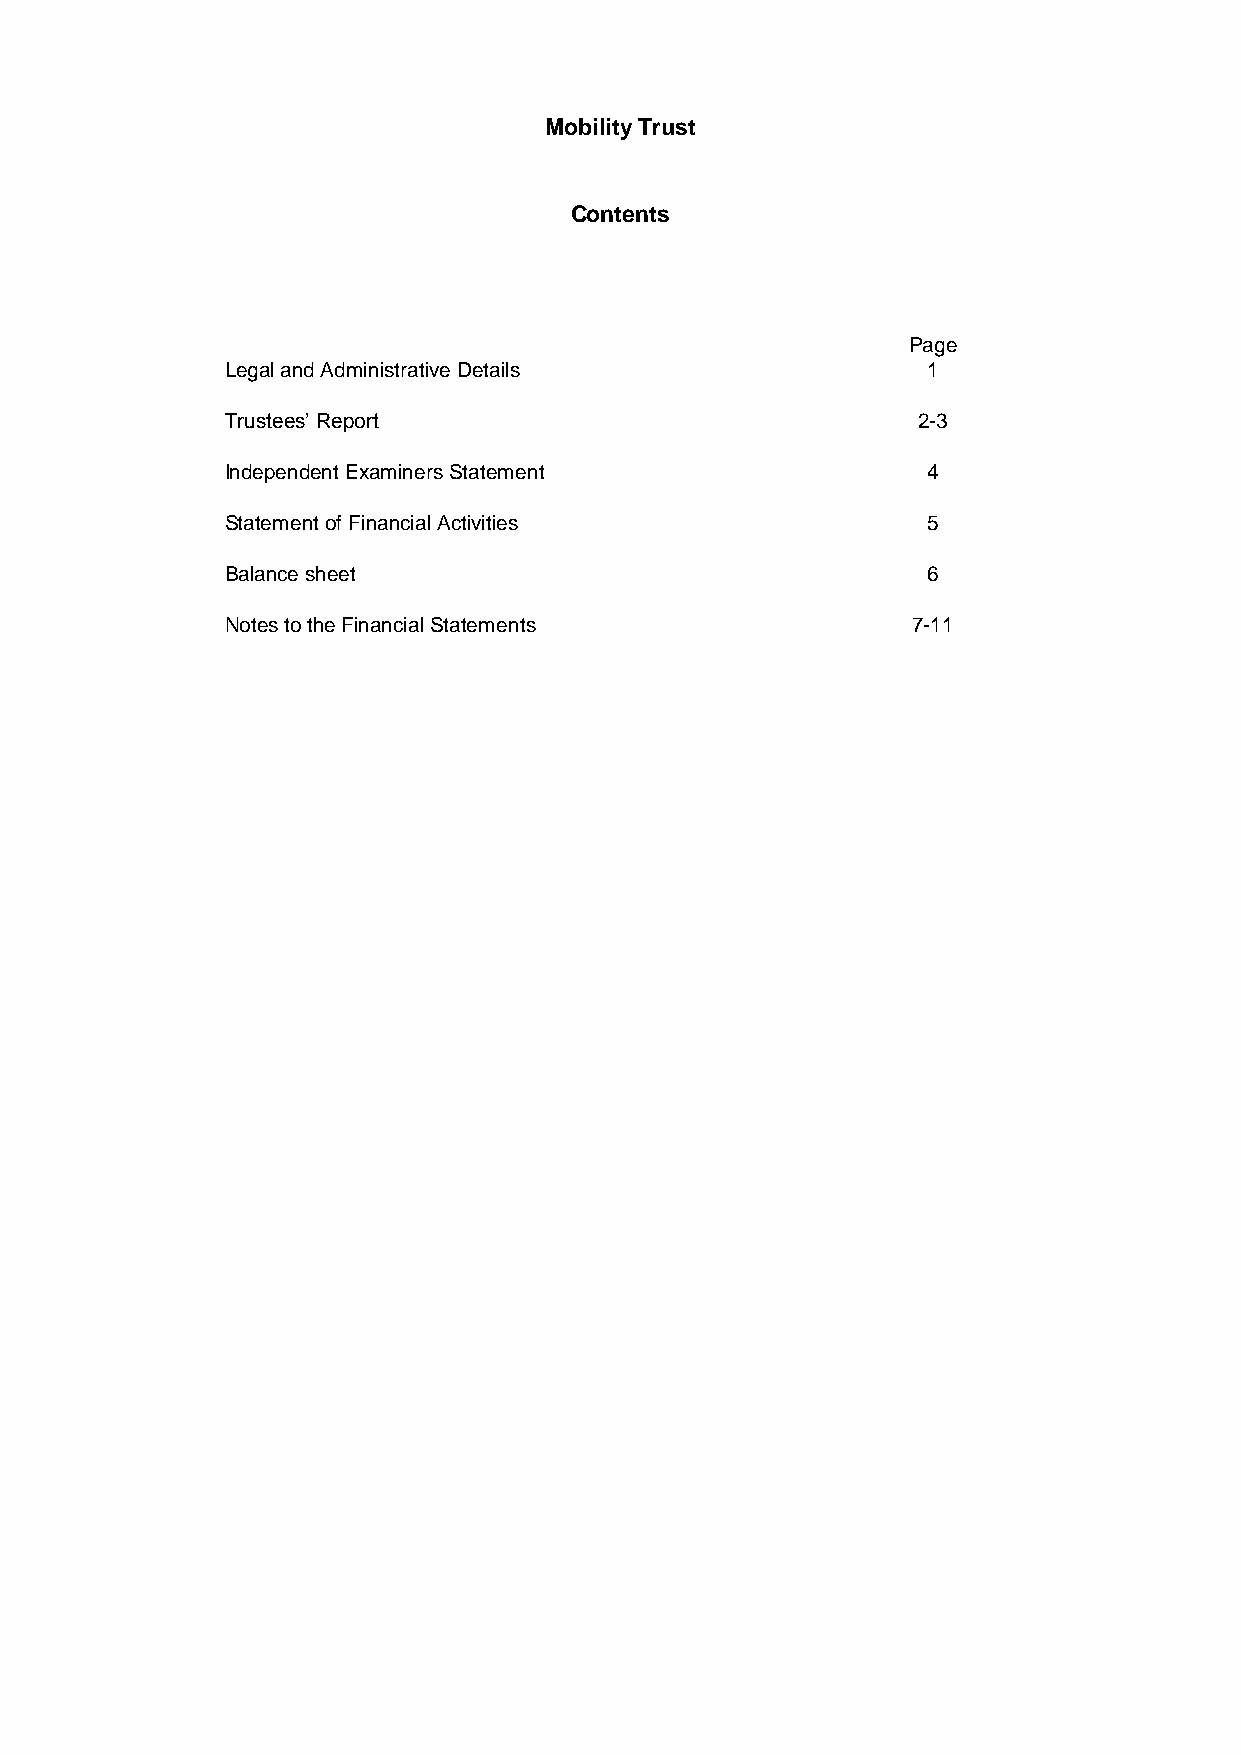
Mobility Trust
 Contents
 Page
 Legal and Administrative Details              1
 Trustees’ Report                              2-3
 Independent Examiners Statement               4
 Statement of Financial Activities             5
 Balance sheet                                 6
 Notes to the Financial Statements            7-11